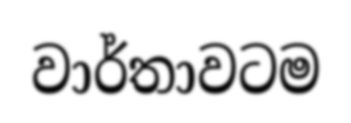
වාර්තාවටම